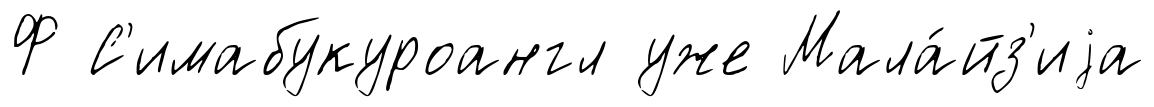
Ф С'имабукуроангл уже Мала́йз'иjа